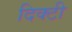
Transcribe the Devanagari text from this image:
दिक्टी